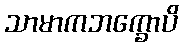
သာမာကဘက္ခောပိ